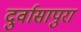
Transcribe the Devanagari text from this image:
दुर्वासापुरा